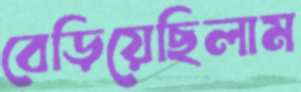
বেড়িয়েছিলাম